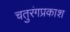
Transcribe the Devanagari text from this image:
चतुरंगप्रकाश